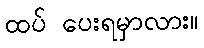
ထပ် ပေးရမှာလား။